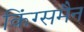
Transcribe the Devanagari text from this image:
किंग्समैन